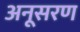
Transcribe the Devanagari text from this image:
अनूसरण